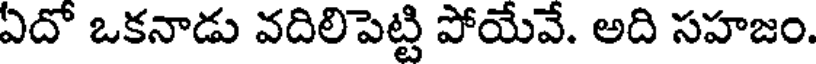
ఏదో ఒకనాడు వదిలిపెట్టి పోయేవే. అది సహజం.